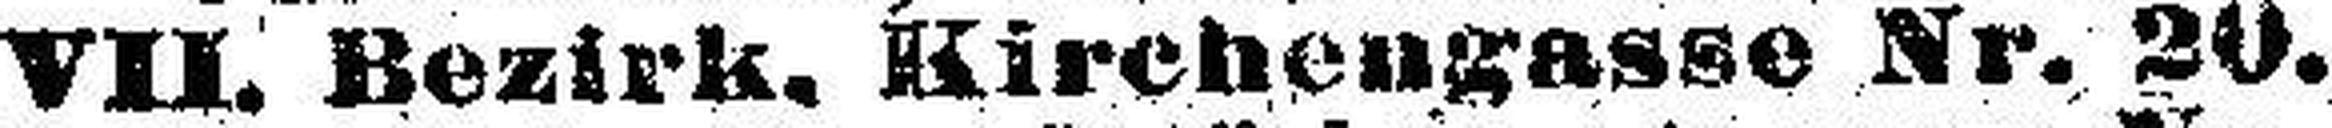
VII. Bezirk, Kirchengasse Nr. 20.